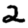
Digit: 2